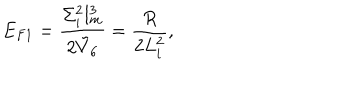
LaTeX: E _ { F 1 } = { \frac { \Sigma _ { i } ^ { 2 } l _ { m } ^ { 3 } } { 2 \tilde { V } _ { 6 } } } = { \frac { R } { 2 L _ { i } ^ { 2 } } } ,